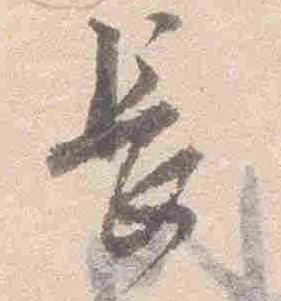
長